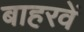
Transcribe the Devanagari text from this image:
बाहरवें